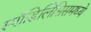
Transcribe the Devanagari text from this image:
स्पाँडिलिसिसमध्ये